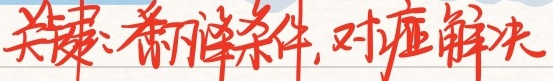
关键：翻译条件，对症解决